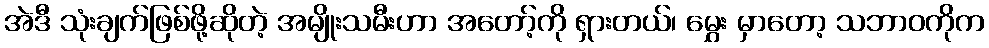
အဲဒီ သုံးချက်ဖြစ်ဖို့ဆိုတဲ့ အမျိုးသမီးဟာ အတော့်ကို ရှားတယ်၊ မွှေး မှာတော့ သဘာဝကိုက